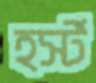
হর্স্ট